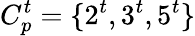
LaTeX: C_{p}^{t}=\{ 2^{t},3^{t},5^{t}\}